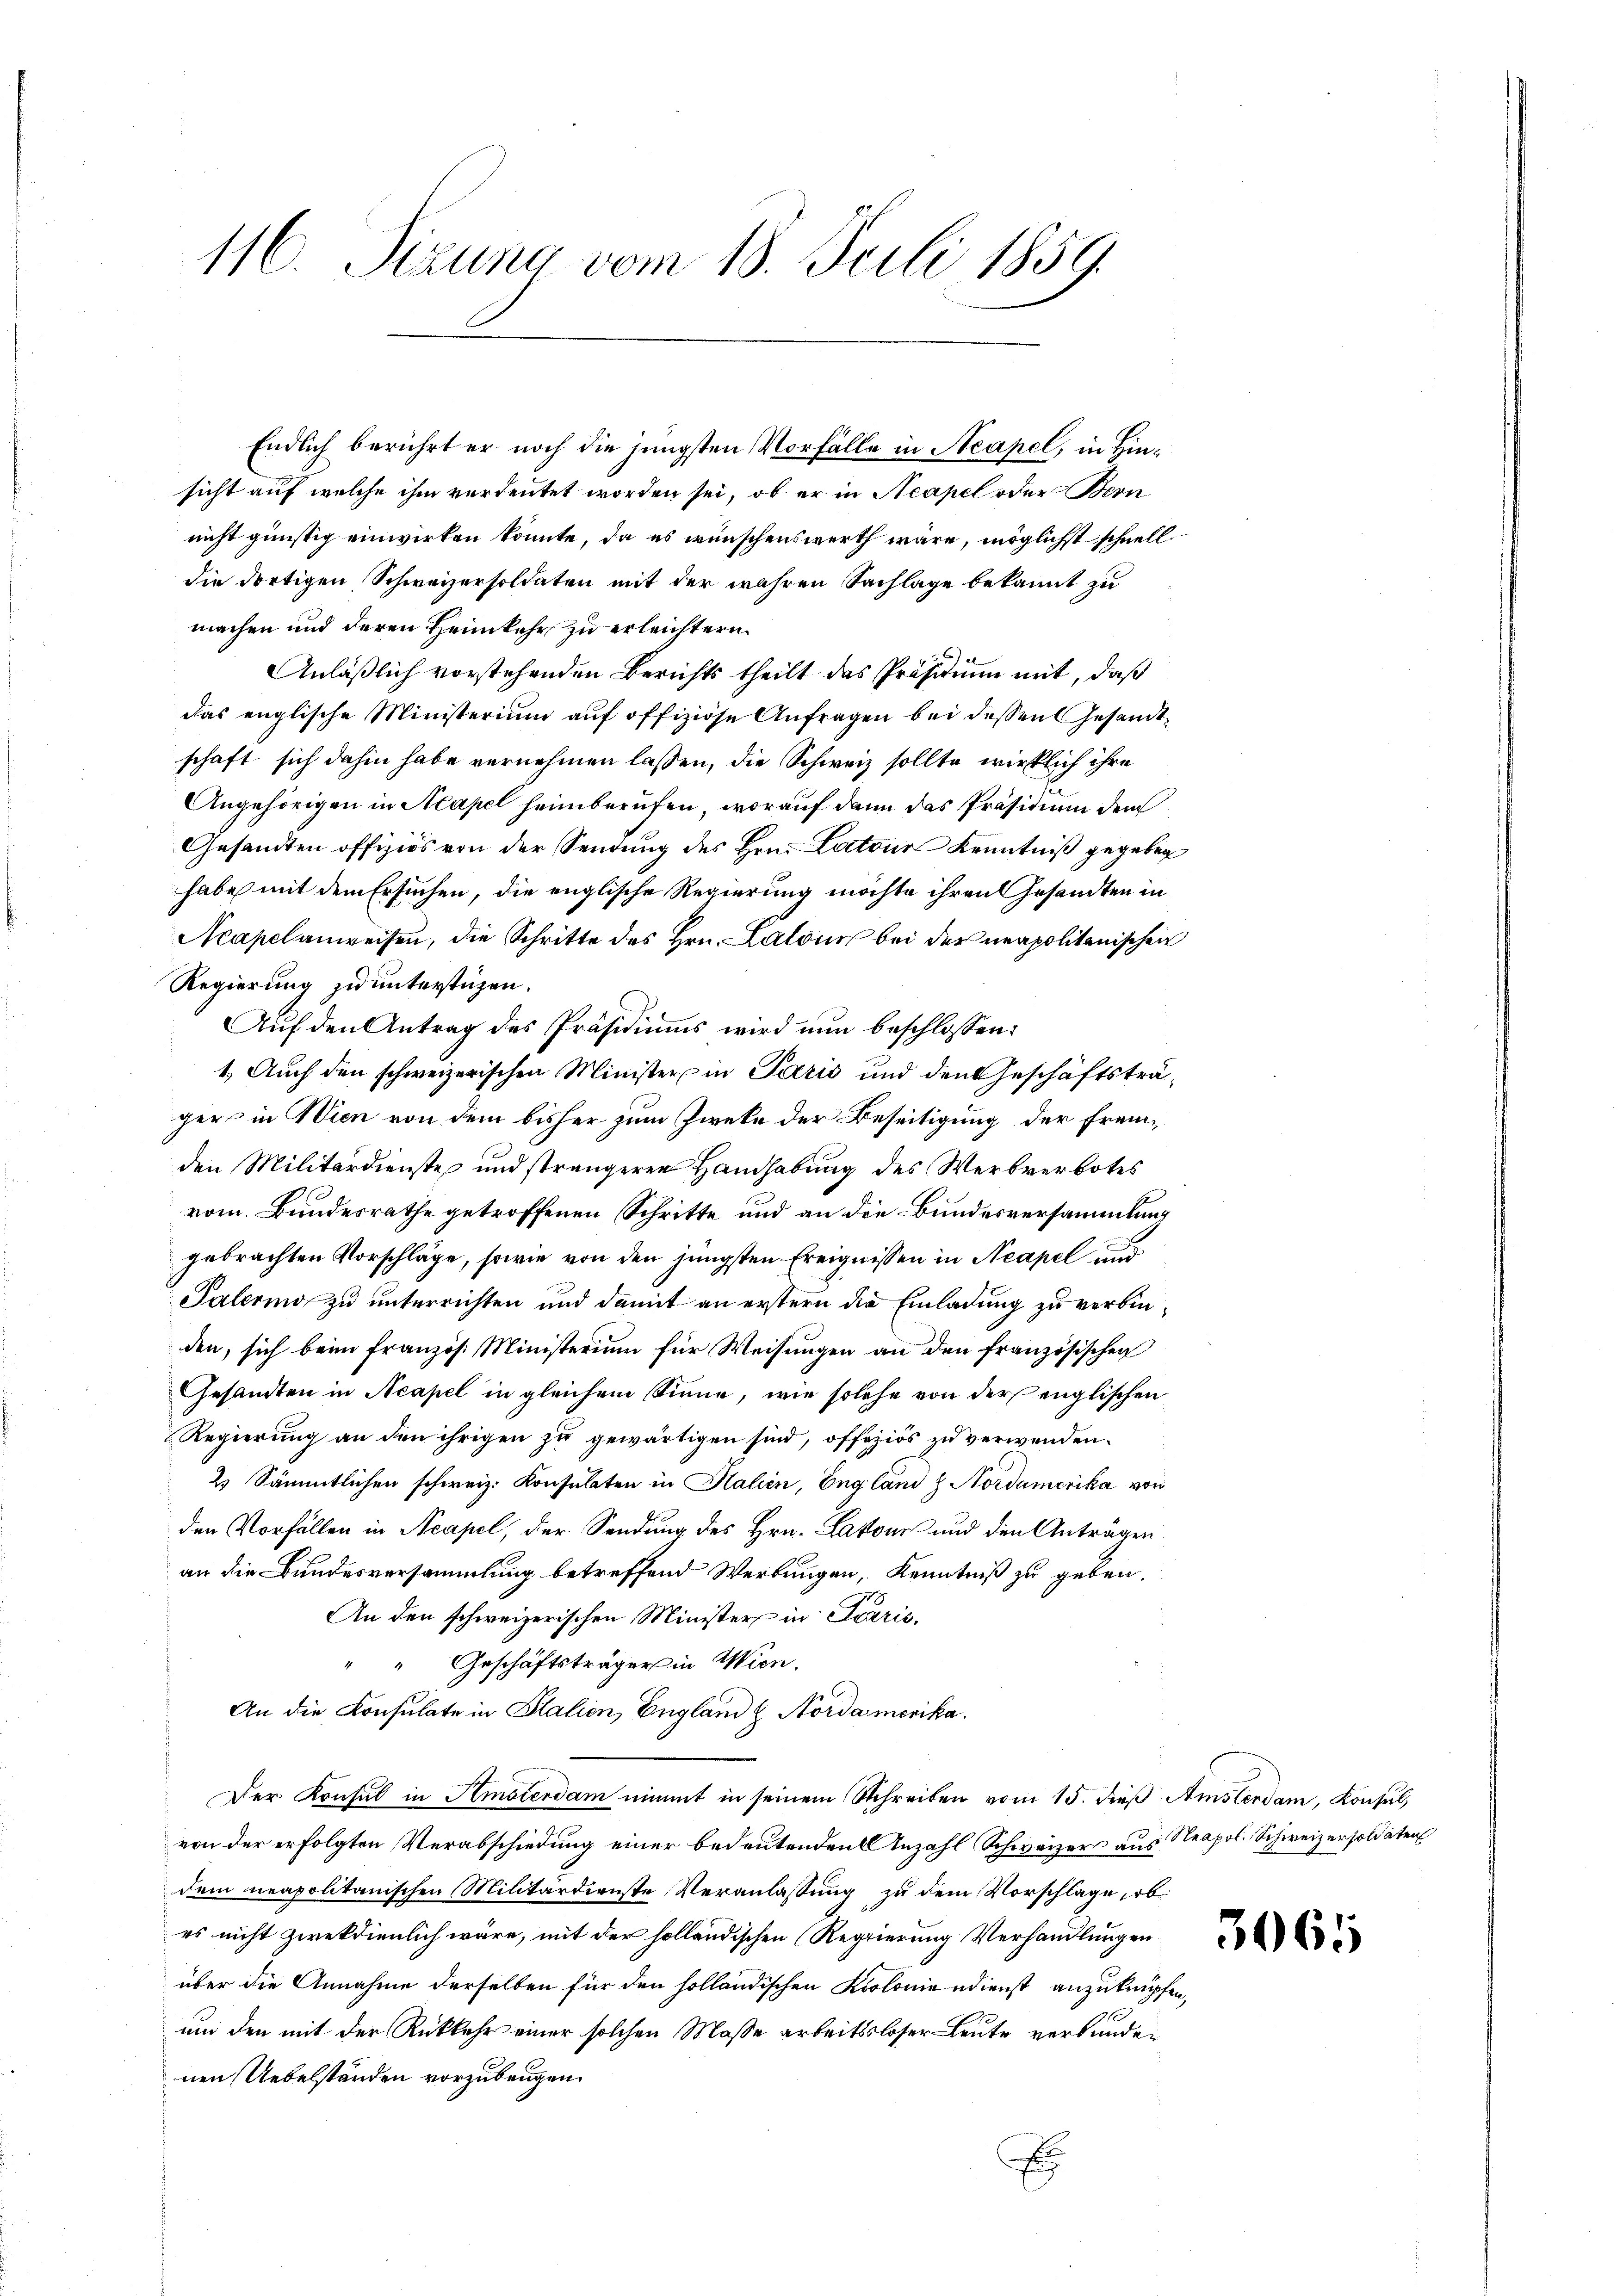
116. Sizung vom 18. Juli 1859.

Endlich berührt er noch die jüngsten Vorfälle in Neapel, in Hinsicht auf welche ihm verdeutet worden sei, ob er in Neapel oder Bern
nicht günstig einwirken könnte, da es wünschenswerth wäre, möglichst schnell
die dortigen Schweizersoldaten mit der wahren Sachlage bekannt zu
machen und deren Heimkehr zu erleichtern.
Anläßlich vorstehenden Berichts theilt das Präsidium mit, daß
das englische Ministerium auf offiziöse Anfragen bei dessen Gesandtschaft sich dahin habe vernehmen lassen, die Schweiz sollte wirklich ihre
Angehörigen in Mapel heinberufen, worauf dann das Präsidium dem
Gesandten offiziös von der Sendung des Hrn. Latour Kenntniß gegeben
habe mit dem Ersuchen, die englische Regierung möchte ihren Gesandten in
Neapel anweisen, die Schritte des Hrn. Latouch bei der neapolitanischen
Regierung zu unterstüzen.
Auf den Antrag des Präsidiums wird nun beschlossen:
1. Auch den schweizerischen Minister in Paris und den Geschäftsträgers in Wien von dem bisher zum Zweke der Beseitigung der Fremden Militärdienste und strengeren Handhabung des Werbverbotes
vom Bundesrathe getroffenen Schritte und an die Bundesversammlung
gebrachten Vorschläge, sowie von den jüngsten Ereignissen in Neapel und
Palerino zu unterrichten und damit an erstern die Einladung zu verbinden, sich beim Französ. Ministerium für Weisungen an den französischen
Gesandten in Acapel in gleichem Sinne, wie solche von der englischen
Regierung an den ihrigen zu gewärtigen sind, offiziös zu verwenden.
2 Sämmtlichen schweiz. Konsulaten in Stalien, England & Nordamerika von
den Vorfällen in Neapel, der Sendung des Hrn. Lakon und den Anträgen
an die Bundesversammlung betreffend Werbungen, Kenntniß zu geben.
An den schweizerischen Minister in Paris,
" " Geschäftsträger in Wien.
An die Konsulate in Stalien, England & Nordamerika
Der Konsul in Amsterdam nimmt in seinem Schreiben vom 15. dieß Amsterdam, Konsul,
von der erfolgten Verabschiedung einer bedeutenden Anzahl Schweizers aus Neapol. Schweizersoldaten
dem neapolitanischen Militärdienste Veranlassŭng zu dem Vorschlage, ob
es nicht zweckdienlich wäre, mit der holländischen (Regierung Verhandlungen
über die Annahme derselben für den holländischen Koloniendienst anzuknüpfen,
um den mit der Rückkehr einer solchen Masse arbeitsloser Leute verbunden
nen Uebelständen vorzubeugen.
E

3065